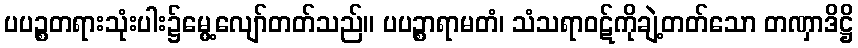
ပပဉ္စတရားသုံးပါး၌မွေ့လျော်တတ်သည်။ ပပဉ္စာရာမတံ၊ သံသရာဝဋ်ကိုချဲ့တတ်သော တဏှာဒိဋ္ဌိ